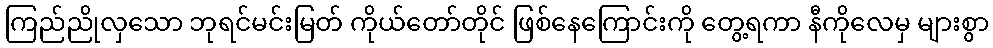
ကြည်ညိုလှသော ဘုရင်မင်းမြတ် ကိုယ်တော်တိုင် ဖြစ်နေကြောင်းကို တွေ့ရကာ နီကိုလေမှ များစွာ